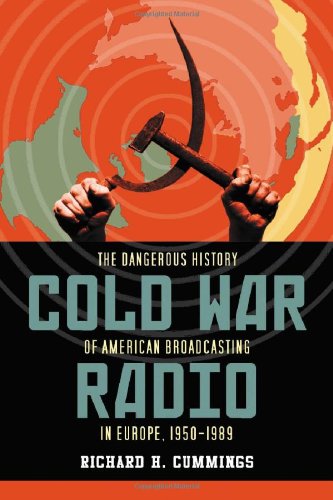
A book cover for Cold War Radio: The Dangerous History of American Broadcasting in Europe, 1950-1989; Richard H. Cummings; Humor & Entertainment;